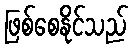
ဖြစ်စေနိုင်သည်